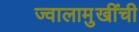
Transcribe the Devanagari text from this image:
ज्वालामुखींची